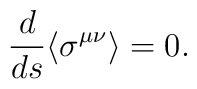
\frac{d}{ds}\langle \sigma ^{\mu \nu} \rangle =0.